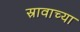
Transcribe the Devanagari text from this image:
स्रावाच्या